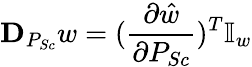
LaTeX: \textbf{D}_{P_{Sc}}w=(\frac{\partial\hat{w}}{\partial P_{Sc}})^{T}\mathbb{I}_{w}